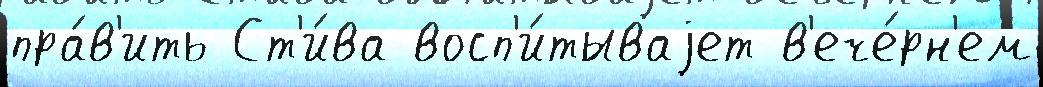
пра́в'ить Ст'и́ва восп'и́тываjет в'ече́рн'ем